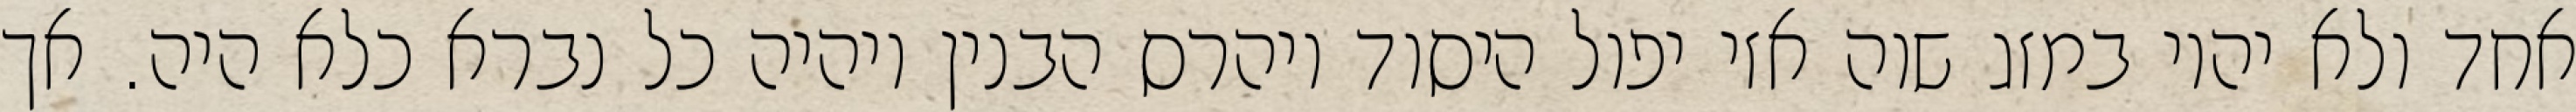
אחד ולא יהיו במזג שוה אזי יפול היסוד ויהרס הבנין ויהיה כל נברא כלא היה. אך